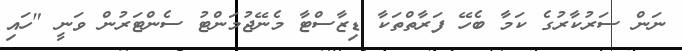
ނަން ސަރުކާރުގެ ކަމާ ބެހޭ ފަރާތްތަކާ ޑިޒާސްޓާ މެނޭޖުމަންޓު ސެންޓަރުން ވަނީ "ހައި